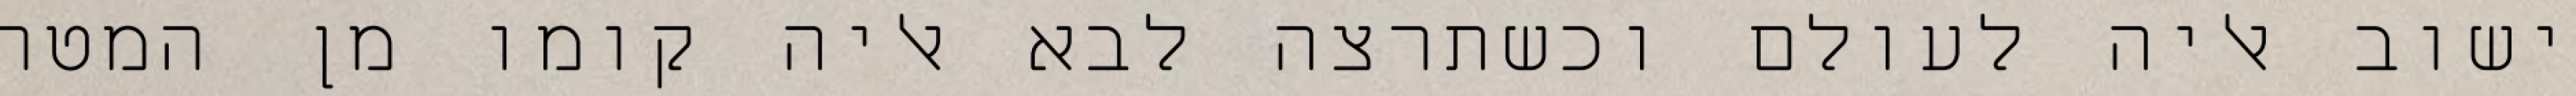
ישוב אליה לעולם וכשתרצה לבא אליה קומו מן המטה